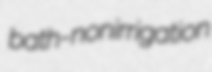
bath- nonirrigation